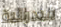
فيدرالية